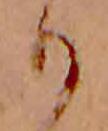
り